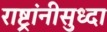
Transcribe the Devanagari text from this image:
राष्ट्रांनीसुध्दा